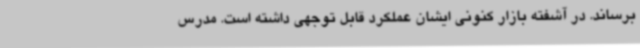
برساند. در آشفته بازار کنونی ایشان عملکرد قابل توجهی داشته است. مدرس